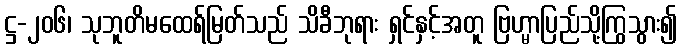
ဋ္ဌ-၂၀၆၊ သုဘူတိမထေရ်မြတ်သည် သိခီဘုရား ရှင်နှင့်အတူ ဗြဟ္မာပြည်သို့ကြွသွား၍